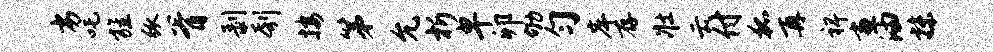
劣吒旌弧胥剥刳按第允析卑卯劬匀岸存壮云付狐再裨画油抹